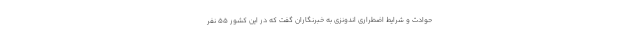
حوادث و شرایط اضطراری اندونزی به خبرنگاران گفت که در این کشور ۵۵ نفر